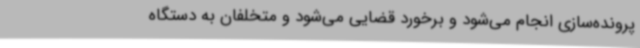
پرونده‌سازی انجام می‌شود و برخورد قضایی می‌شود و متخلفان به دستگاه